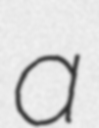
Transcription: a